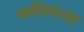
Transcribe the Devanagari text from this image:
पानिपच्या